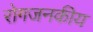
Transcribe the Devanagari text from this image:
रोगजनकीय